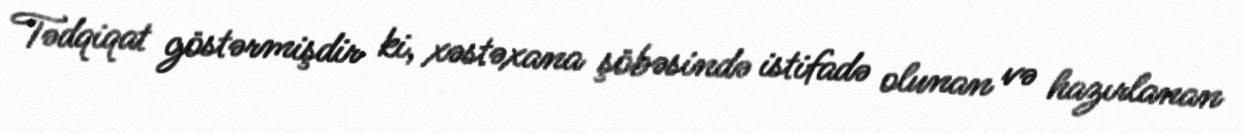
Tədqiqat göstərmişdir ki, xəstəxana şöbəsində istifadə olunan və hazırlanan